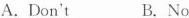
A. Don't B. No